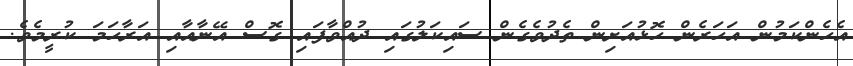
އެހެންކަމުން އަހަރެން ހޮޅުއަށިން ތެދުވެގެން ސައިކަލުގައި ދުއްވާފައި ގޮސް އޭނާއާއި އަރާހަމަ ކުރީމެވެ.